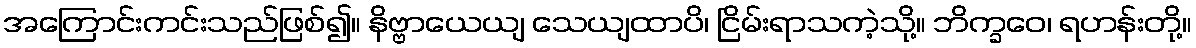
အကြောင်းကင်းသည်ဖြစ်၍။ နိဗ္ဗာယေယျ သေယျထာပိ၊ ငြိမ်းရာသကဲ့သို့။ ဘိက္ခဝေ၊ ရဟန်းတို့။